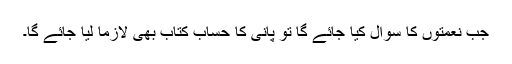
جب نعمتوں کا سوال کیا جائے گا تو پانی کا حساب کتاب بھی لازماً لیا جائے گا۔